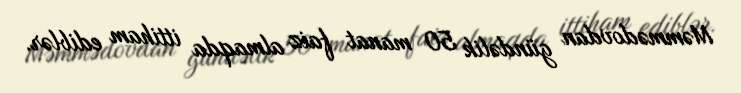
Məmmədovdan gündəlik 50 manat faiz almaqda ittiham ediblər.